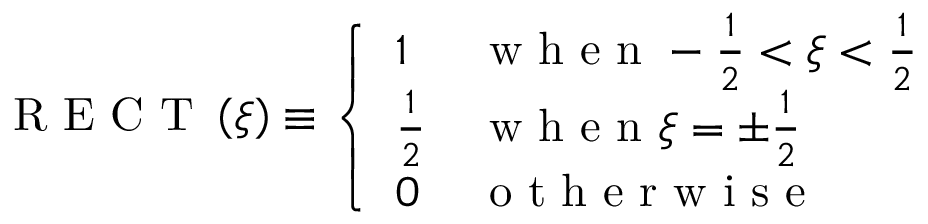
\textup { R E C T } \left( \xi \right) \equiv \left\{ \begin{array} { l l } { 1 } & { \textup { w h e n } - \frac { 1 } { 2 } < \xi < \frac { 1 } { 2 } } \\ { \frac { 1 } { 2 } } & { \textup { w h e n } \xi = \pm \frac { 1 } { 2 } } \\ { 0 } & { \textup { o t h e r w i s e } } \end{array} \right.